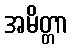
အမိတ္တာ